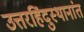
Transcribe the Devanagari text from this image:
उत्तरहिंदुस्थानांत